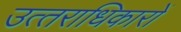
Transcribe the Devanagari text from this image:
उत्‍तराधिकारों